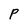
Character: P